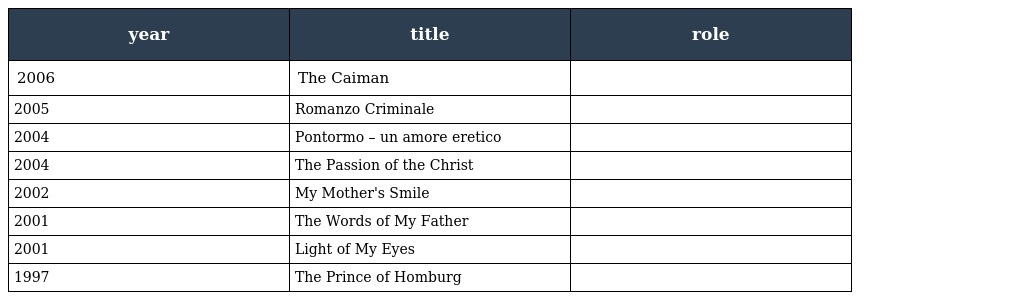
| year | title | role |
 | --- | --- | --- |
 | 2006 | The Caiman |  |
 | 2005 | Romanzo Criminale |  |
 | 2004 | Pontormo – un amore eretico |  |
 | 2004 | The Passion of the Christ |  |
 | 2002 | My Mother's Smile |  |
 | 2001 | The Words of My Father |  |
 | 2001 | Light of My Eyes |  |
 | 1997 | The Prince of Homburg |  |